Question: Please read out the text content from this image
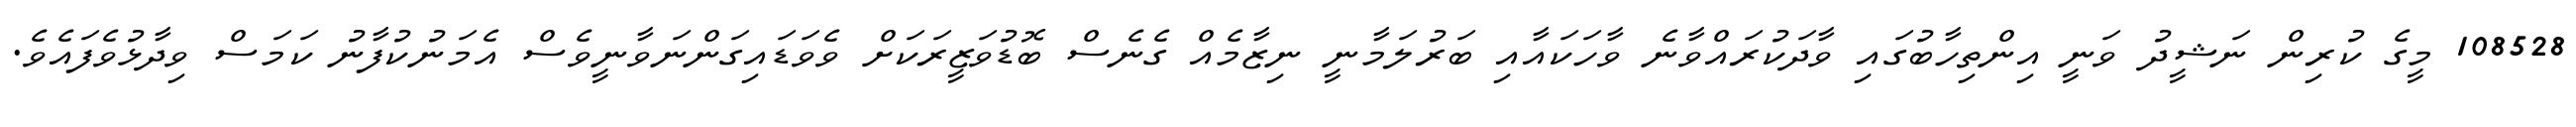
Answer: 108528 މީގެ ކުރިން ނަޝީދު ވަނީ އިންތިހާބުގައި ވާދަކުރައްވާނެ ވާހަކައާއި ބަރުލަމާނީ ނިޒާމެއް ގެނެސް ބޮޑުވަޒީރަކަށް ވެވަޑައިގަންނަވާނީވެސް އެމަނުކުފާނު ކަމަސް ވިދާޅުވެފައެވެ.